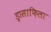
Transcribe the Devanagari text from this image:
ड्रासाफ़िला